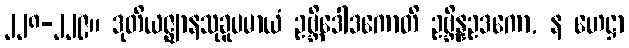
၂၂၈-၂၂၉။ ဒုတိယဇ္ဈာနသုခူပမာယံ ဥဗ္ဘိဒေါဒကောတိ ဥဗ္ဘိန္နဥဒကော, န ဟေဋ္ဌာ